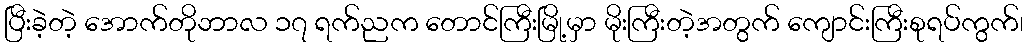
ပြီးခဲ့တဲ့ အောက်တိုဘာလ ၁၇ ရက်ညက တောင်ကြီးမြို့မှာ မိုးကြီးတဲ့အတွက် ကျောင်းကြီးစုရပ်ကွက်၊